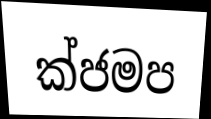
ක්ජමප